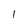
Character: l